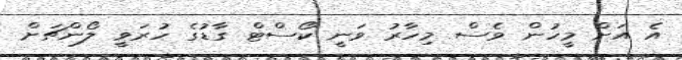
އެ އަށް މީހުން ވެސް މިހާރު ވަނީ ކޯސްޓް ގާޑުގެ ހުރަވީ ލޯންޗަށް